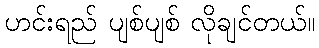
ဟင်းရည် ပျစ်ပျစ် လိုချင်တယ်။